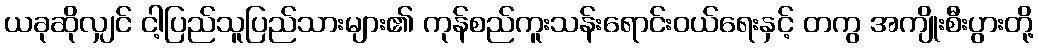
ယခုဆိုလျှင် ငါ့ပြည်သူပြည်သားများ၏ ကုန်စည်ကူးသန်းရောင်းဝယ်ရေးနှင့် တကွ အကျိုးစီးပွားတို့